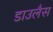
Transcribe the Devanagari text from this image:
डाउलैस